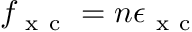
f _ { \mathrm { ~ x ~ c ~ } } = n \epsilon _ { \mathrm { ~ x ~ c ~ } }